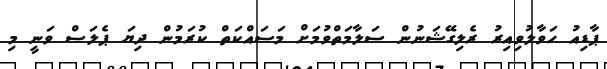
ޕާޑިއު ހަވާލުވިއިރު ރެލިގޭޝަނުން ސަލާމަތްވުމަށް މަސައްކަތް ކުރަމުން ދިޔަ ޕެލަސް ވަނީ މި